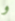
و